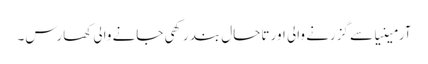
آرمینیا سے گزرنے والی اور تاحال بند رکھی جانے والی کھارس۔